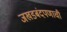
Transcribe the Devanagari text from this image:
जखडबंदपणाची